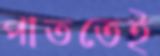
পাততেই